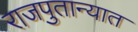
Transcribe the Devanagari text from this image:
राजपुतान्यात